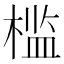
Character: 槛